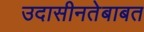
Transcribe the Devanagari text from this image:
उदासीनतेबाबत